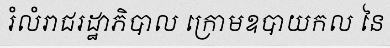
រំលំរាជរដ្ឋាភិបាល ក្រោមឧបាយកល នៃ